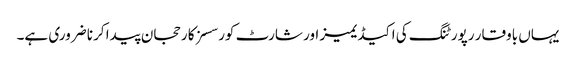
یہاں باوقار رپورٹنگ کی اکیڈیمیز اور شارٹ کورسسز کا رحجان پیدا کرنا ضروری ہے۔